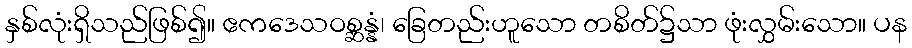
နှစ်လုံးရှိသည်ဖြစ်၍။ ဧကဒေသဝစ္ဆန္နံ၊ ခြေတည်းဟူသော တစိတ်၌သာ ဖုံးလွှမ်းသော။ ပန